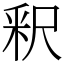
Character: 釈